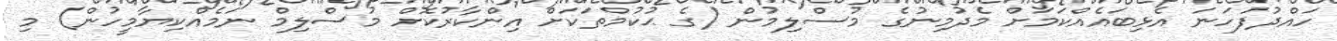
ހައްދުފަހަނަ އެޅިބައެއްކަމަށް މެދުމިނުގެ މުސްލިމުން (ގެ ޙުކުމްތަކަށް އިންކާރުކޮށް މުސްލިމް ނަމެއްކިޔާމީހުން) މި